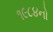
૧૯૮૪નો